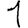
Digit: 1